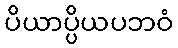
ပိယာပ္ပိယပဘဝံ